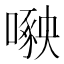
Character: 𱔷